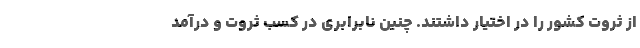
از ثروت کشور را در اختیار داشتند. چنین نابرابری در کسب ثروت و درآمد